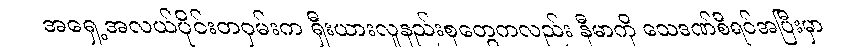
အရှေ့အလယ်ပိုင်းတဝှမ်းက ရှီးယားလူနည်းစုတွေကလည်း နီမာကို သေဒဏ်စီရင်အပြီးမှာ